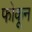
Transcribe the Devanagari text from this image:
फोकून